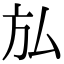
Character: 𭤩